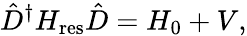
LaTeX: \hat{D}^{\dagger}H_{\mathrm{res}}\hat{D}=H_{0}+V,